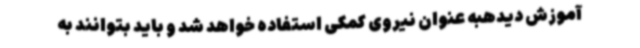
آموزش دیدهبه عنوان نیروی کمکی استفاده خواهد شد و باید بتوانند به